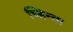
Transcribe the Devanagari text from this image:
च्हिन्ता